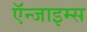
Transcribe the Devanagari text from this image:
ऍन्जाइम्स